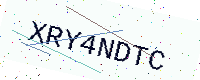
Text: XRY4NDTC